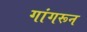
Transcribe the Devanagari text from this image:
गांगरून